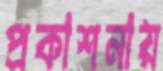
প্রকাশনায়